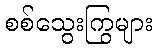
စစ်သွေးကြွများ